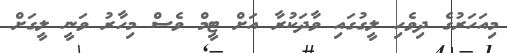
މިއަހަރުގެ ދިވެހި ލީގުގައި ވާދަކުރާ އަށް ޓީމް ވެސް މިހާރު ވަނީ ލީގަށް